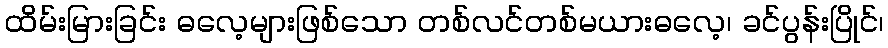
ထိမ်းမြားခြင်း ဓလေ့များဖြစ်သော တစ်လင်တစ်မယားဓလေ့၊ ခင်ပွန်းပြိုင်၊